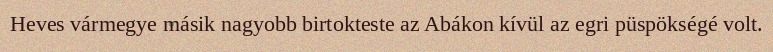
Heves vármegye másik nagyobb birtokteste az Abákon kívül az egri püspökségé volt.